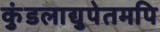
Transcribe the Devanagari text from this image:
कुंडलाद्युपेतमपि